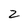
Character: Z